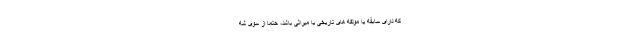
که دارای سابقه یا مولفه های تاریخی یا میراثی باشد، حتما از سوی شه